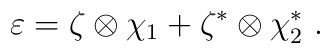
\varepsilon = \zeta \otimes \chi_1 + \zeta^* \otimes \chi_2^*\ .